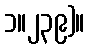
၁။၂၃၉)။